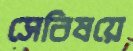
সেবিষয়ে